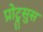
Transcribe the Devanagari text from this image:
प्रोट्रुसुस